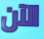
الآن